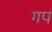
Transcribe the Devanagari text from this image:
गप